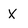
Character: X